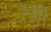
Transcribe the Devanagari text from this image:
रेसी